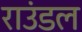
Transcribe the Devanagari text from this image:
राउंडल